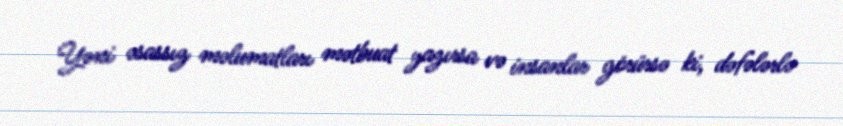
Yəni əsassız məlumatları mətbuat yazırsa və insanlar görürsə ki, dəfələrlə